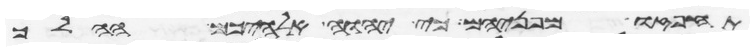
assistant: תחפזו מפניהם כי יהוה אלהיכם ההלך